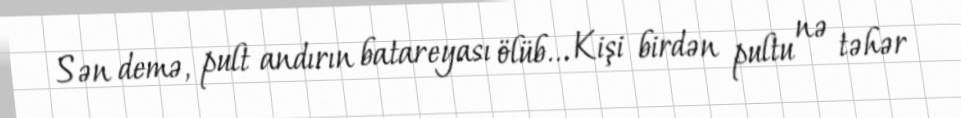
Sən demə, pult andırın batareyası ölüb... Kişi birdən pultu nə təhər